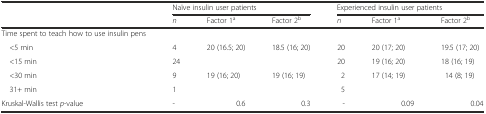
<table><thead><tr><td>[EMPTY_CELL]</td><td colspan="3"><b>Naïve insulin user patients</b></td><td colspan="3"><b>Experienced insulin user patients</b></td></tr><tr><td>[EMPTY_CELL]</td><td><b><i>n</i></b></td><td><b>Factor 1<sup>a</sup></b></td><td><b>Factor 2<sup>b</sup></b></td><td><b><i>n</i></b></td><td><b>Factor 1<sup>a</sup></b></td><td><b>Factor 2<sup>b</sup></b></td></tr></thead><tbody><tr><td>Time spent to teach how to use insulin pens</td><td>[EMPTY_CELL]</td><td>[EMPTY_CELL]</td><td>[EMPTY_CELL]</td><td>[EMPTY_CELL]</td><td>[EMPTY_CELL]</td><td>[EMPTY_CELL]</td></tr><tr><td> &lt;5 min</td><td>4</td><td>20 (16.5; 20)</td><td>18.5 (16; 20)</td><td>20</td><td>20 (17; 20)</td><td>19.5 (17; 20)</td></tr><tr><td> &lt;15 min</td><td>24</td><td>[EMPTY_CELL]</td><td>[EMPTY_CELL]</td><td>20</td><td>19 (16; 20)</td><td>18 (16; 19)</td></tr><tr><td> &lt;30 min</td><td>9</td><td>19 (16; 20)</td><td>19 (16; 19)</td><td>2</td><td>17 (14; 19)</td><td>14 (8; 19)</td></tr><tr><td> 31+ min</td><td>1</td><td>[EMPTY_CELL]</td><td>[EMPTY_CELL]</td><td>5</td><td>[EMPTY_CELL]</td><td>[EMPTY_CELL]</td></tr><tr><td>Kruskal-Wallis test <i>p</i>-value</td><td>-</td><td>0.6</td><td>0.3</td><td>-</td><td>0.09</td><td>0.04</td></tr></tbody></table>